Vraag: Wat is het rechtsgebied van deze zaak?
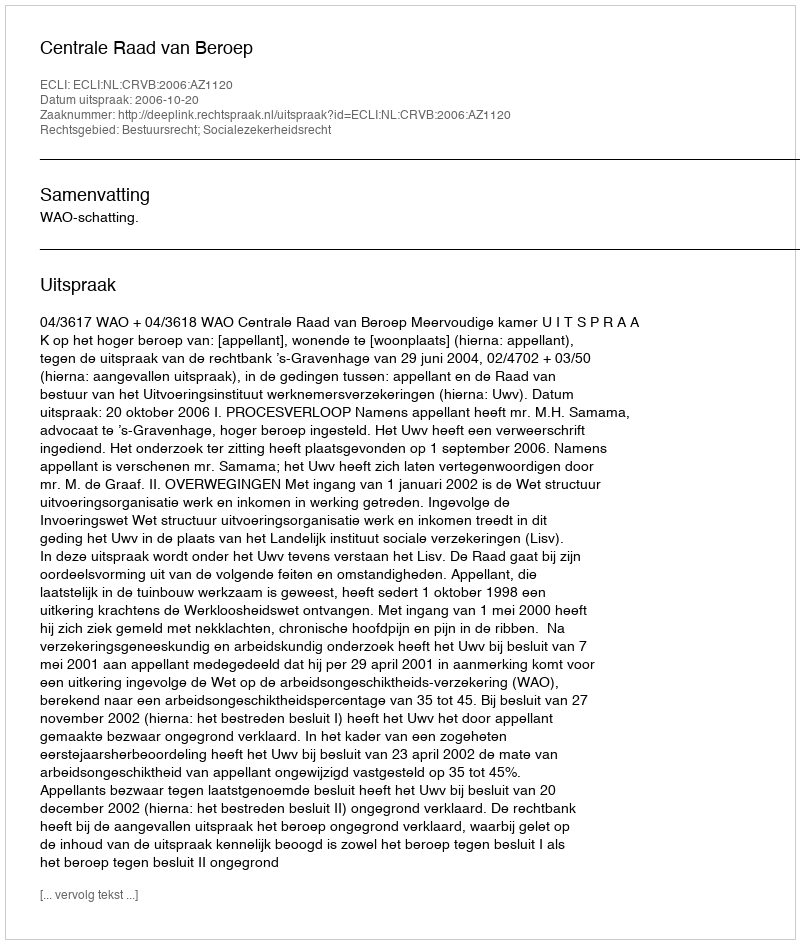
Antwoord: Bestuursrecht; Socialezekerheidsrecht